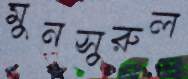
মুনসুরুল